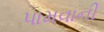
પામવાની